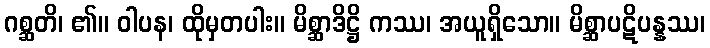
ဂစ္ဆတိ၊ ၏။ ဝါပန၊ ထိုမှတပါး။ မိစ္ဆာဒိဋ္ဌိ ကဿ၊ အယူရှိသော။ မိစ္ဆာပဋိပန္နဿ၊